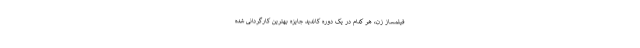
فیلمساز زن، هر کدام در یک دوره کاندید جایزه بهترین کارگردانی شده